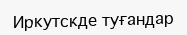
Иркутскде туғандар